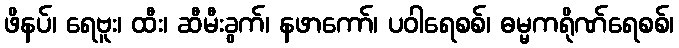
ဖိနပ်၊ ရေဗူး၊ ထီး၊ ဆီမီးခွက်၊ နဖာကော်၊ ပဝါရေစစ်၊ ဓမ္မကရိုဏ်ရေစစ်၊